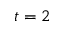
t = 2